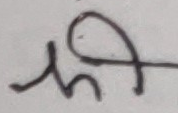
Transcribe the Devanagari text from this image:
ही